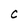
Character: C